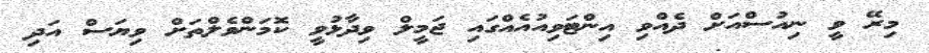
މިރޭ ވީ ނިއުސްއަށް ދެއްވި އިންޓަވިއުއެއްގައި ޖަމީލް ވިދާޅުވީ ކޮމަންވެލްތަށް ވިޔަސް އަދި